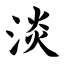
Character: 淡